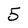
Character: 5